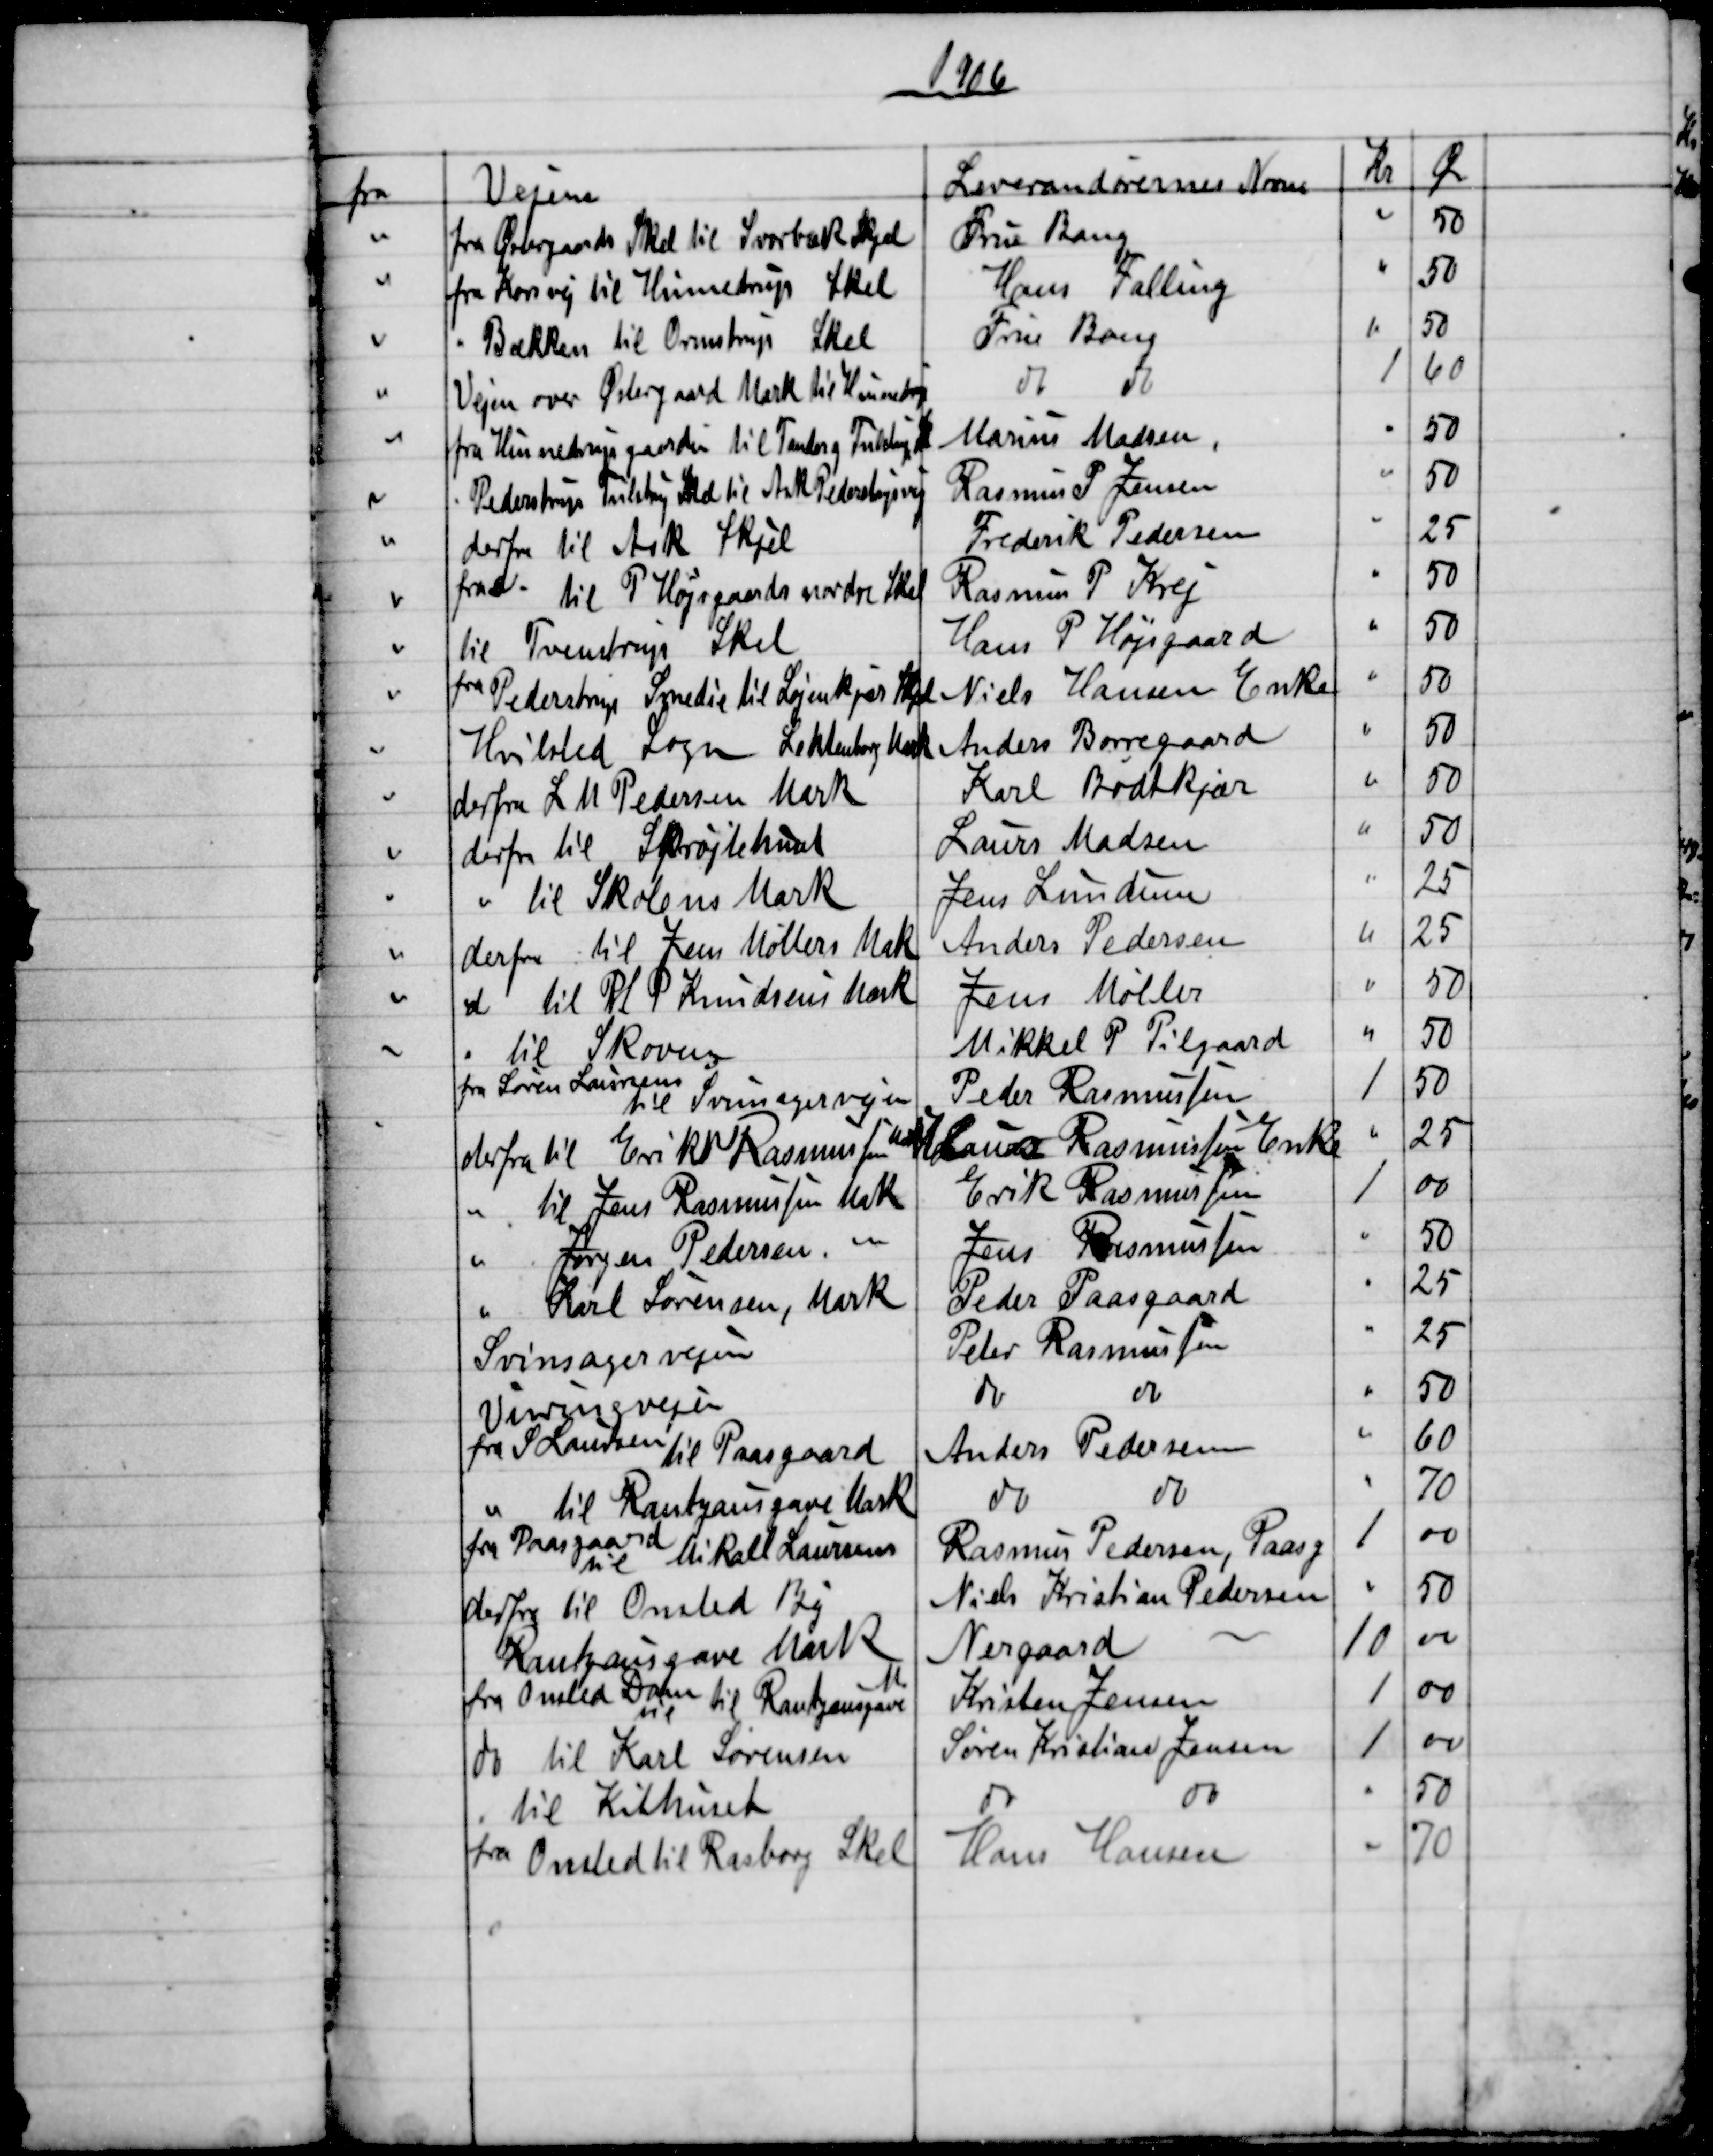
Transskription:
1906
fra
Vejene
Leverandørernes Navn
Kr
Øre
fra Østergaards Skel til Svorbæk Skjel
Fru Bang
50
fra Korsvej til Hinnedrup Skel
Hans Falling
50
Bækken til Ormstrup Skel
Frue Bang
50
Vejen over Østergaard Mark til Hinnedrup
do
do
1
60
fra Hinnedrupgaarden til Tander og Tulstrup Sk
Marius Madsen
50
Pederstrup Tulstrup Skel til Ask Pederstupvej
Rasmus P Jensen
50
derfra til Ask Skjel
Frederik Pedersen
25
fra  
til P Højsgaards nordre Skel
Rasmus P Krej
50
til Tvenstrup Skel
Hans P Højsgaard
50
fra 
Pederstrup Smedie til Løjenkjær Skel
Niels Hansen Enke
50
Hvilsted Sogn Lehtenborg Mark
Anders Borregaard
50
derfra L M Pedersen Mark
Karl Bødtkjær
50
derfra til Sprøjtehuset
Laurs Madsen
50
til Skolens Mark
Jens Lundum
25
derfra til Jens Møllers Mak
Anders Pedersen
25
do til H P Knudsens Mark
Jens Møller
50
til Skoven
Mikkel P Pilgaard
50
fra Søren Laursens
til Svinsagervejen
Peder Rasmussen
1
50
derfra til Erik Rasmussen 
Mark
Laurs Rasmussen Enke
25
til Jens Rasmussen Mak
Erik Rasmussen
1
00
Jørgen Pedersen 
Jens Rasmussen
50
Karl Sørensen, Mark
Peder Paasgaard
25
Svinsagervejen
Peter Rasmussen
25
Virringvejen
do
do
50
fra S. Laursen
til Paasgaard
Anders Pedersen
60
til Rantzausgave Mark
do
do
70
fra Paasgaard 
til Mikael Laursens
Rasmus Pedersen, Paasg
1
00
derfra til Onsted By
Niels Kristian Pedersen
50
Rantzausgave Mark
Nergaard 
10
00
fra Onsted Dam 
til
til Rantzausgave 
M
Kristen Jensen
1
00
do til Karl Sørensen
Søren Kristian Jensen
1
00
til Kithuset
do
do     
50
fra 
Onsted til Rasborg Skel
Hans Hansen
70